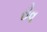
રોવ